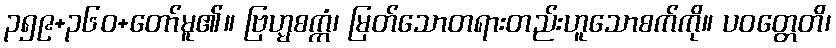
၃၅၉+၃၆၀+တော်မူ၏။ ဗြဟ္မစက္ကံ၊ မြတ်သောတရားတည်းဟူသောစက်ကို။ ပဝတ္တေတိ၊